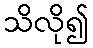
သိလို၍